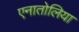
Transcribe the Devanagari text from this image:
एनातोलिया